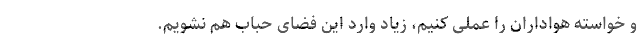
و خواسته هواداران را عملی کنیم، زیاد وارد این فضای حباب هم نشویم.